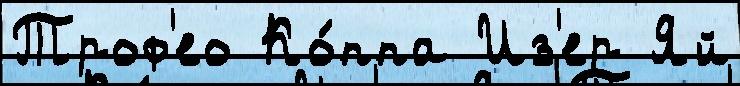
Троф'ео Ко́ппа Из'ер Яй